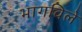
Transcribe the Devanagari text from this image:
भागविले